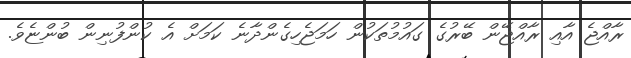
ރާއްޖެ އާއި ރާއްޖޭން ބޭރުގެ ގައުމުތަކުން ހަމަޖެހިގެންދާނެ ކަމަށް އެ ކުންފުނިން ބުންޏެވެ.